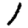
Digit: 1